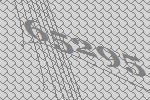
65295